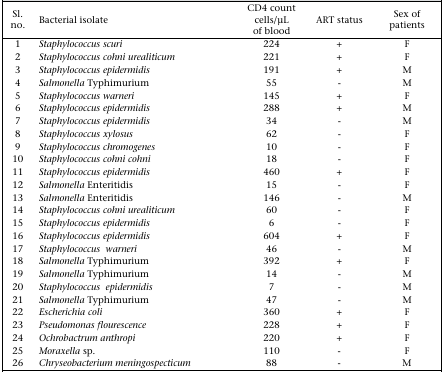
<table><thead><tr><td><b>Sl. no.</b></td><td><b>Bacterial isolate</b></td><td><b>CD4 count cells/μL of blood</b></td><td><b>ART status</b></td><td><b>Sex of patients</b></td></tr></thead><tbody><tr><td>1</td><td><i>Staphylococcus scuri</i></td><td>224</td><td>+</td><td>F</td></tr><tr><td>2</td><td><i>Staphylococcus cohni urealiticum</i></td><td>221</td><td>+</td><td>F</td></tr><tr><td>3</td><td><i>Staphylococcus epidermidis</i></td><td>191</td><td>+</td><td>M</td></tr><tr><td>4</td><td><i>Salmonella</i> Typhimurium</td><td>55</td><td>-</td><td>M</td></tr><tr><td>5</td><td><i>Staphylococcus warneri</i></td><td>145</td><td>+</td><td>F</td></tr><tr><td>6</td><td><i>Staphylococcus epidermidis</i></td><td>288</td><td>+</td><td>M</td></tr><tr><td>7</td><td><i>Staphylococcus epidermidis</i></td><td>34</td><td>-</td><td>M</td></tr><tr><td>8</td><td><i>Staphylococcus xylosus</i></td><td>62</td><td>-</td><td>F</td></tr><tr><td>9</td><td><i>Staphylococcus chromogenes</i></td><td>10</td><td>-</td><td>F</td></tr><tr><td>10</td><td><i>Staphylococcus cohni cohni</i></td><td>18</td><td>-</td><td>F</td></tr><tr><td>11</td><td><i>Staphylococcus epidermidis</i></td><td>460</td><td>+</td><td>F</td></tr><tr><td>12</td><td><i>Salmonella</i> Enteritidis</td><td>15</td><td>-</td><td>F</td></tr><tr><td>13</td><td><i>Salmonella</i> Enteritidis</td><td>146</td><td>-</td><td>M</td></tr><tr><td>14</td><td><i>Staphylococcus cohni urealiticum</i></td><td>60</td><td>-</td><td>F</td></tr><tr><td>15</td><td><i>Staphylococcus epidermidis</i></td><td>6</td><td>-</td><td>F</td></tr><tr><td>16</td><td><i>Staphylococcus epidermidis</i></td><td>604</td><td>+</td><td>F</td></tr><tr><td>17</td><td><i>Staphylococcus warneri</i></td><td>46</td><td>-</td><td>M</td></tr><tr><td>18</td><td><i>Salmonella</i> Typhimurium</td><td>392</td><td>+</td><td>F</td></tr><tr><td>19</td><td><i>Salmonella</i> Typhimurium</td><td>14</td><td>-</td><td>M</td></tr><tr><td>20</td><td><i>Staphylococcus epidermidis</i></td><td>7</td><td>-</td><td>M</td></tr><tr><td>21</td><td><i>Salmonella</i> Typhimurium</td><td>47</td><td>-</td><td>M</td></tr><tr><td>22</td><td><i>Escherichia coli</i></td><td>360</td><td>+</td><td>F</td></tr><tr><td>23</td><td><i>Pseudomonas flourescence</i></td><td>228</td><td>+</td><td>F</td></tr><tr><td>24</td><td><i>Ochrobactrum anthropi</i></td><td>220</td><td>+</td><td>F</td></tr><tr><td>25</td><td><i>Moraxella</i> sp.</td><td>110</td><td>-</td><td>F</td></tr><tr><td>26</td><td><i>Chryseobacterium meningospecticum</i></td><td>88</td><td>-</td><td>M</td></tr></tbody></table>